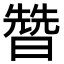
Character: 㬱